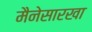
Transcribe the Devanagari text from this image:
मैनेसारखा